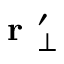
\textbf { r } _ { \perp } ^ { \prime }